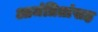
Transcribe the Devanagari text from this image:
आमंत्रितांसह